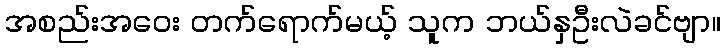
အစည်းအဝေး တက်ရောက်မယ့် သူက ဘယ်နှဦးလဲခင်ဗျာ။